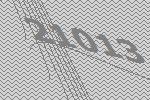
21013